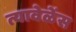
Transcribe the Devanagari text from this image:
त्यावेळेंस